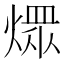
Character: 𤎏